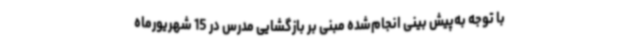
با توجه به‌پیش بینی انجام‌شده مبنی بر بازگشایی مدرس در 15 شهریورماه